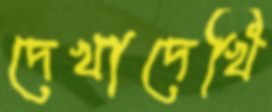
দেখাদেখি